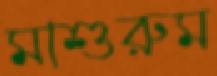
মাশুরুম